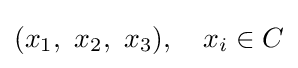
(x_{1},\ x_{2},\ x_{3}),\quad x_{i}\in C